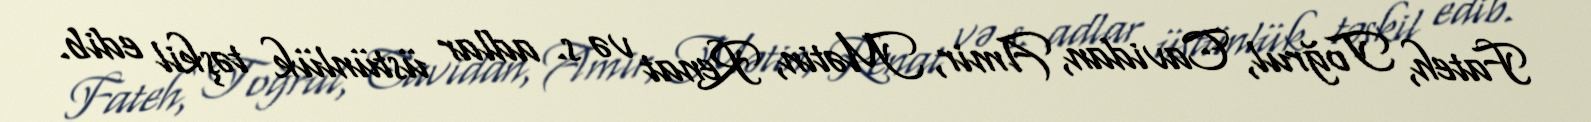
Fateh, Toğrul, Cavidan, Amir, Mətin, Renat və s. adlar üstünlük təşkil edib.